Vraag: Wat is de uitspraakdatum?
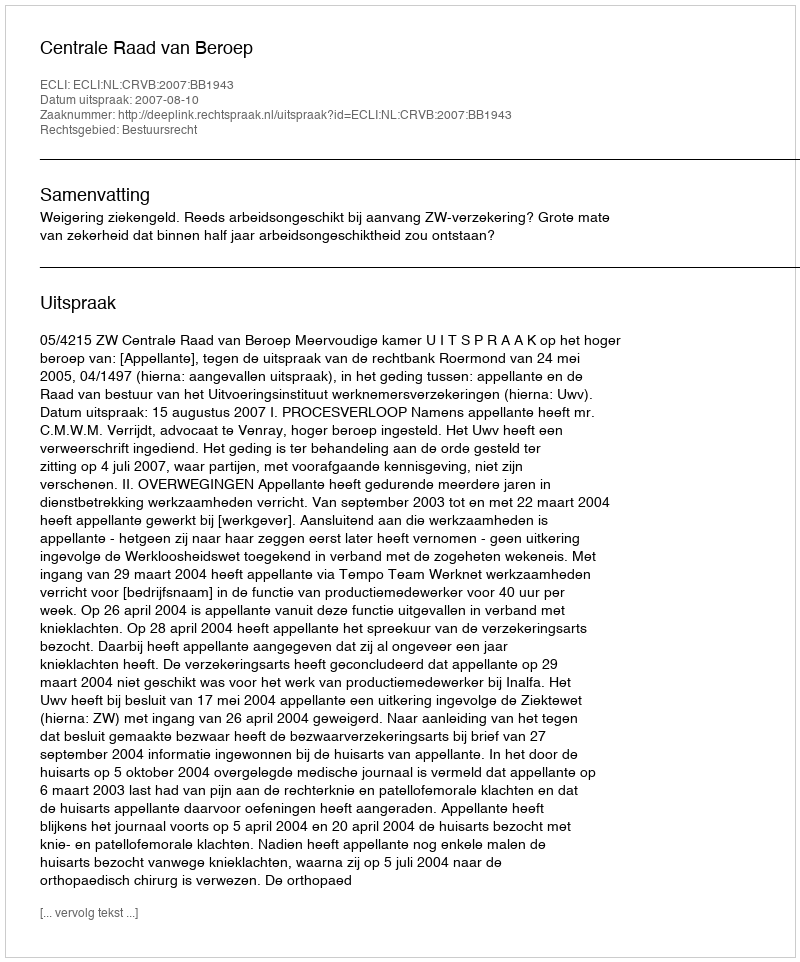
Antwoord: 2007-08-10